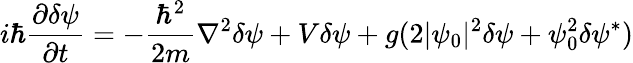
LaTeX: i\hbar{\frac{\partial\delta\psi}{\partial t}}=-{\frac{\hbar^{2}}{2m}}\nabla^{2}\delta\psi+V\delta\psi+g(2|\psi_{0}|^{2}\delta\psi+\psi_{0}^{2}\delta\psi^{*})